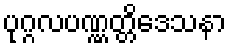
ပုဂ္ဂလပဏ္ဏတ္တိဒေသနာ